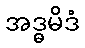
အဒ္ဓမိဒံ